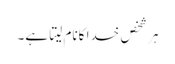
ہر شخص خدا کانام لیتا ہے۔